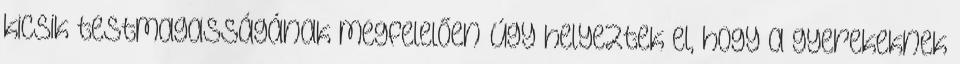
kicsik testmagasságának megfelelően úgy helyeztek el, hogy a gyerekeknek